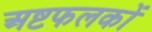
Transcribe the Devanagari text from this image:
अष्टफलकों